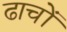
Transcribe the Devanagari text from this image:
ढाचों